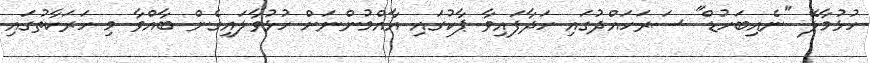
ހުޅުމާލޭ "ނެއިބަހުޑް" ސަރަހައްދުގައި ހަދާފައިވާ ޕާކުގައި އާއްމުންނަށް ހުޅުވާލައިގެން ބާއްވާ މި ހަރަކާތުގައި